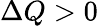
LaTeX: \Delta Q>0